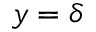
y = \delta